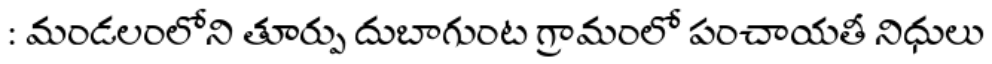
: మండలంలోని తూర్పు దుబాగుంట గ్రామంలో పంచాయతీ నిధులు